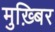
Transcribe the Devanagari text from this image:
मुख़्बिर